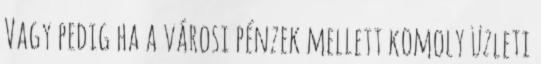
Vagy pedig ha a városi pénzek mellett komoly üzleti